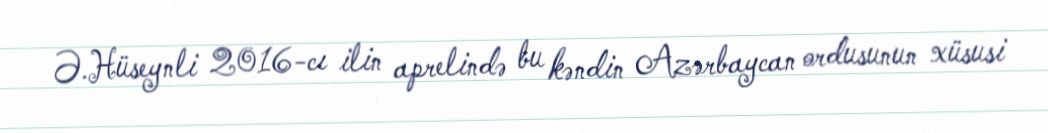
Ə.Hüseynli 2016-cı ilin aprelində bu kəndin Azərbaycan ordusunun xüsusi